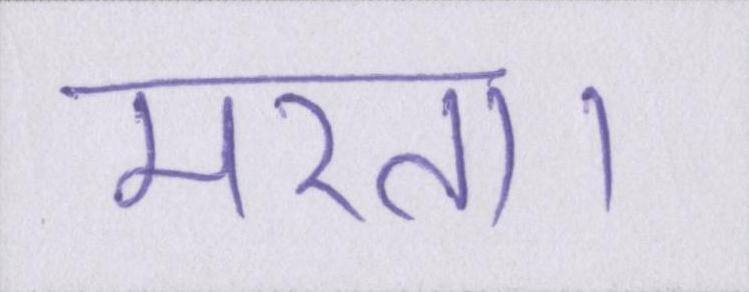
मरता।